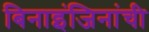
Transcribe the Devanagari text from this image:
बिनाइंजिनांची